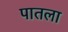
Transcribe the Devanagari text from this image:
पातला